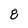
Character: 8